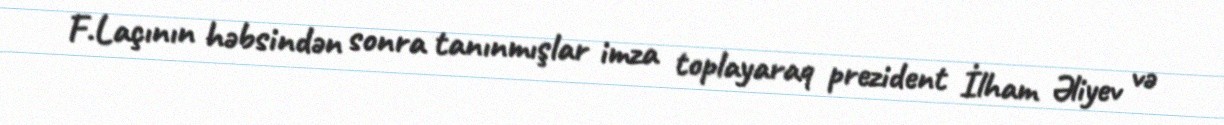
F.Laçının həbsindən sonra tanınmışlar imza toplayaraq prezident İlham Əliyev və